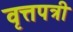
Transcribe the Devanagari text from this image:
वृत्तपत्री